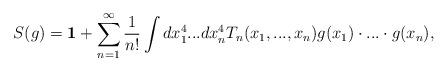
LaTeX: \begin{align*}S(g)={\bf 1}+\sum \limits_{n=1}^{\infty} \frac{1}{n !} \int dx^4_1 ... dx^4_nT_n(x_1,...,x_n) g(x_1) \cdot ... \cdot g(x_n), \end{align*}